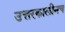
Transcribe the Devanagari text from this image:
उत्तरकालीनच